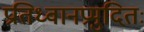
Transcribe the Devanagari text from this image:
प्रतिध्वानप्रमुदितः